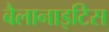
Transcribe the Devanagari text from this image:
बैलानाइटिस